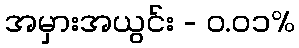
အမှားအယွင်း - ၀.၀၁%